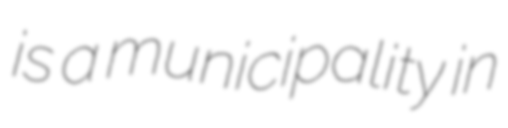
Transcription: is a municipality in